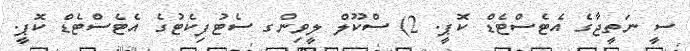
ސީ ނަތީޖާގެ އެޓެސްޓެޑް ކޮޕީ. 2) ސްކޫލް ލީވިންގ ސެޓުފިކެޓުގެ އެޓެސްޓެޑް ކޮޕީ.